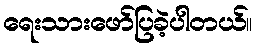
ရေးသားဖော်ပြခဲ့ပါတယ်။